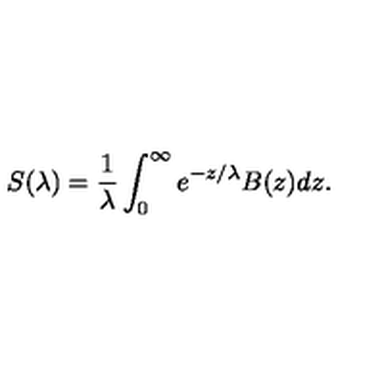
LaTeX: S ( \lambda ) = { \frac { 1 } { \lambda } } \int _ { 0 } ^ { \infty } e ^ { - z / \lambda } B ( z ) d z .